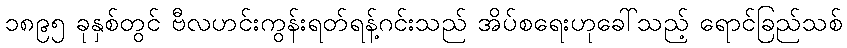
၁၈၉၅ ခုနှစ်တွင် ဗီလဟင်းကွန်းရတ်ရန့်ဂင်းသည် အိပ်စရေးဟုခေါ်သည့် ရောင်ခြည်သစ်